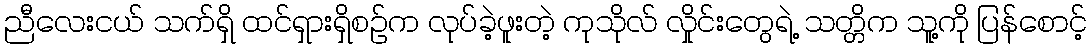
ညီလေးငယ် သက်ရှိ ထင်ရှားရှိစဉ်က လုပ်ခဲ့ဖူးတဲ့ ကုသိုလ် လှိုင်းတွေရဲ့ သတ္တိက သူ့ကို ပြန်စောင့်